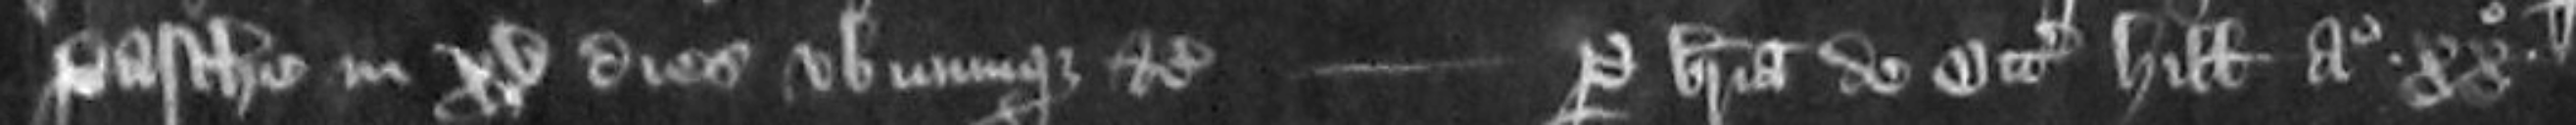
Pasche in xv dies ubicumque etc    per brevia de Octabis Hilarii anno xx